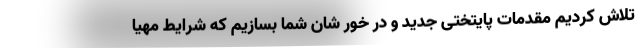
تلاش کردیم مقدمات پایتختی جدید و در خور شان شما بسازیم که شرایط مهیا